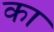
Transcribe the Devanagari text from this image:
का